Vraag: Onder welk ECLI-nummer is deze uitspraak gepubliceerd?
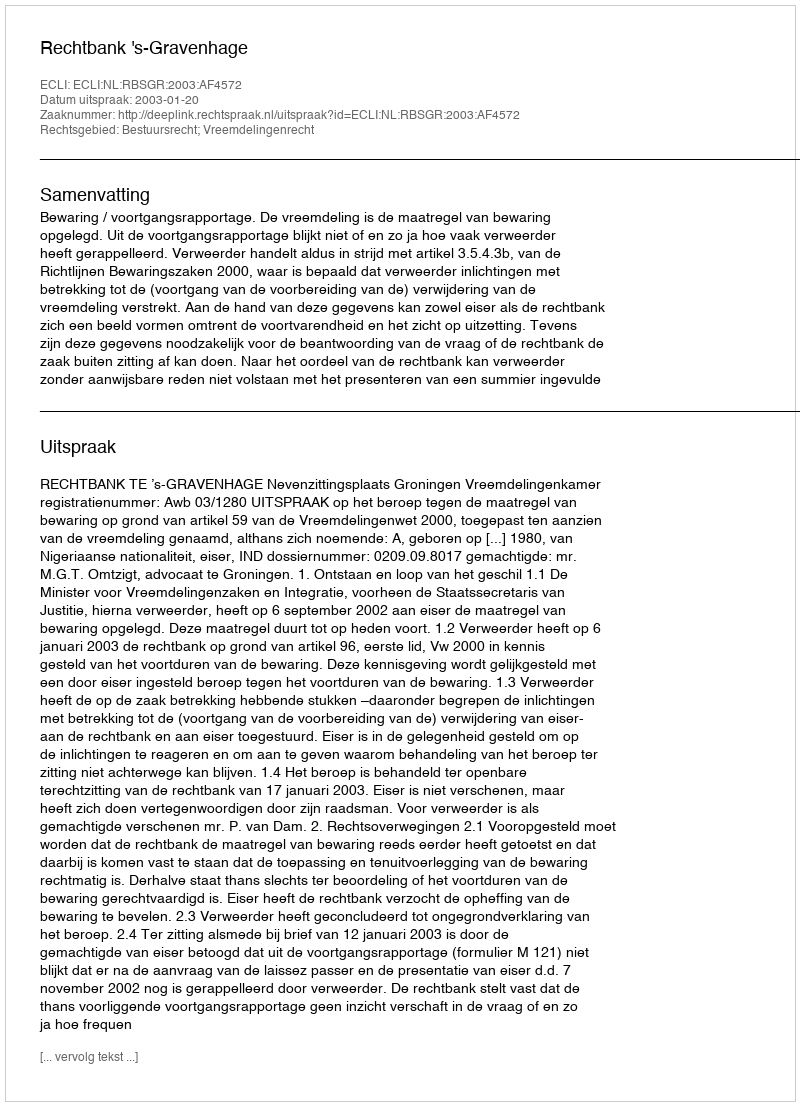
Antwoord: ECLI:NL:RBSGR:2003:AF4572